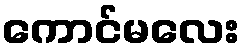
ကောင်မလေး